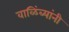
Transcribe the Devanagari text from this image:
वाळिंब्यांनी